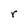
Character: r